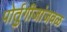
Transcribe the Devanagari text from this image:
पोर्तुगीजांजवळ